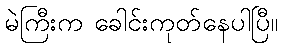
မဲကြီးက ခေါင်းကုတ်နေပါပြီ။